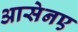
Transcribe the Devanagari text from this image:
आसेनए